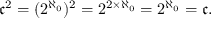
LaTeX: { \mathfrak { c } } ^ { 2 } = ( 2 ^ { \aleph _ { 0 } } ) ^ { 2 } = 2 ^ { 2 \times { \aleph _ { 0 } } } = 2 ^ { \aleph _ { 0 } } = { \mathfrak { c } } .